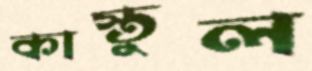
কাস্তুল